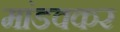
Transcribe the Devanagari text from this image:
मांडवकर